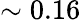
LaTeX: \sim 0.16